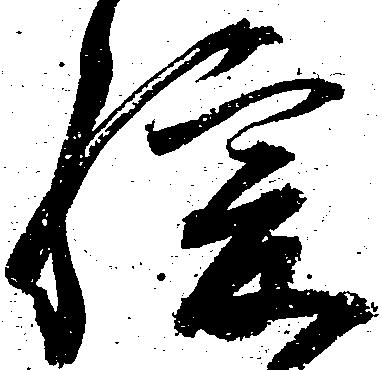
緩